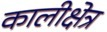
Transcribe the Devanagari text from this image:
कालीक्षेत्र